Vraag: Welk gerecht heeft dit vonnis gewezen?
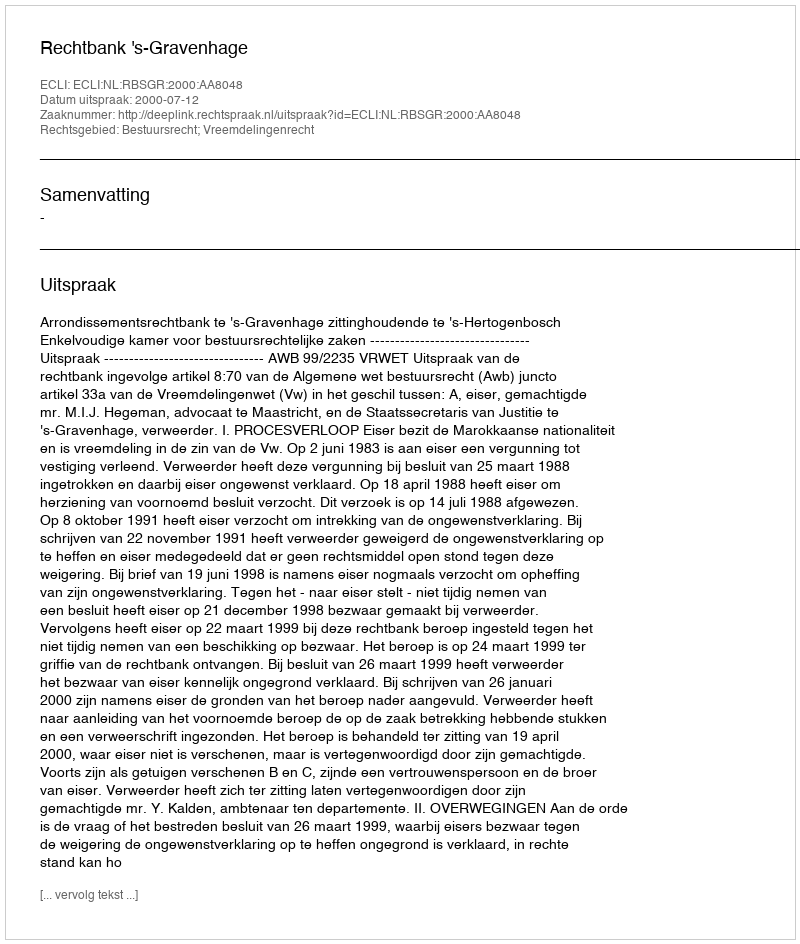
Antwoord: Rechtbank 's-Gravenhage